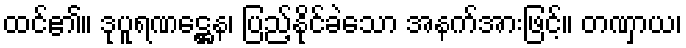
ထင်၏။ ဒုပူရဏဋ္ဌေန၊ ပြည့်နိုင်ခဲသော အနက်အားဖြင့်။ တဏှာယ၊